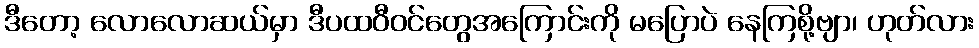
ဒီတော့ လောလောဆယ်မှာ ဒီပထဝီဝင်တွေအကြောင်းကို မပြောပဲ နေကြစို့ဗျာ၊ ဟုတ်လား